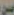
عن